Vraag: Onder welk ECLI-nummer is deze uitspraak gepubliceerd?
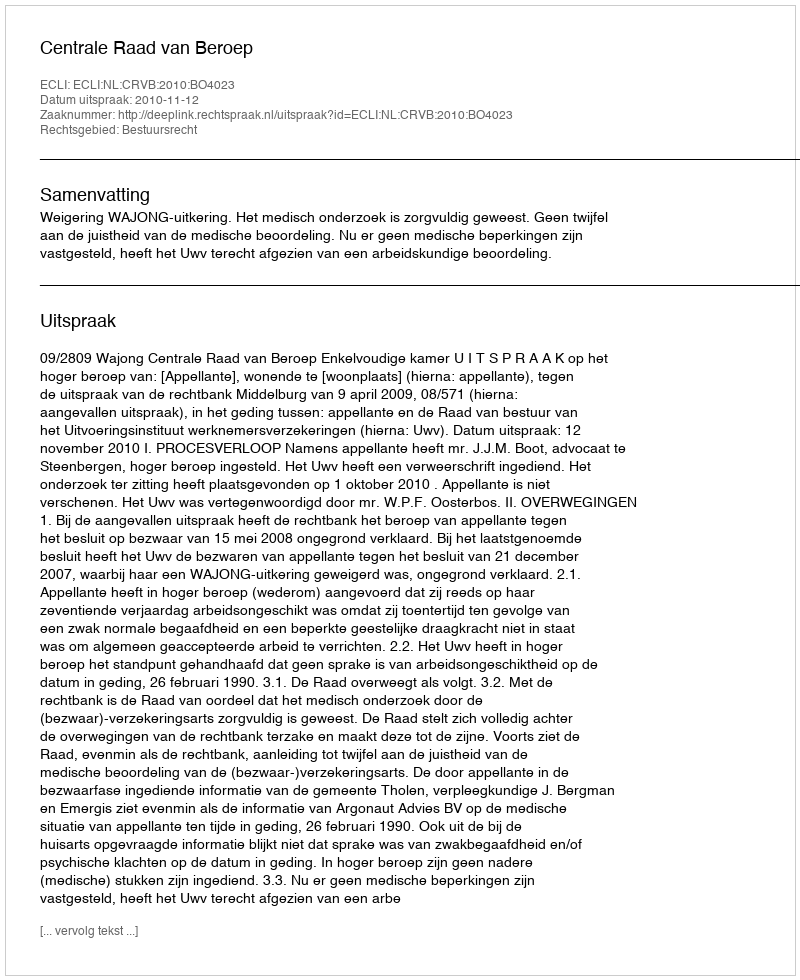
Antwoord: ECLI:NL:CRVB:2010:BO4023